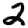
Digit: 2